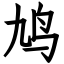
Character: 鸠